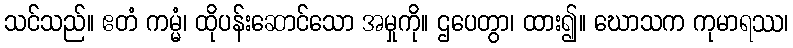
သင်သည်။ ဧတံ ကမ္မံ၊ ထိုပန်းဆောင်သော အမှုကို။ ဌပေတွာ၊ ထား၍။ ဃောသက ကုမာရဿ၊